Indian journal of veterinary science and animal husbandry - Volume 4,
Year: 1934
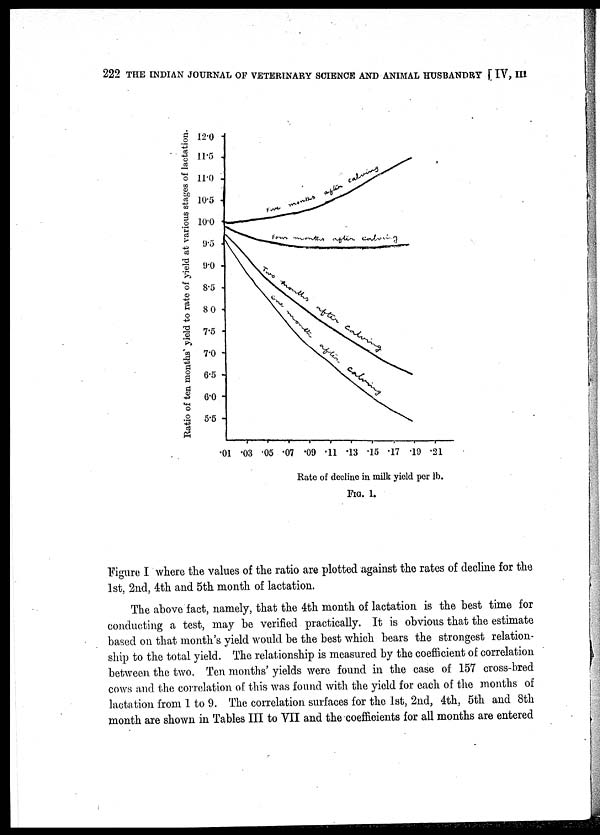
222 THE INDIAN JOURNAL OF VETERINARY SCIENCE AND ANIMAL HUSBANDRY [ IV, III
FIG.1.
Figure I where the values of the ratio are plotted against the rates of decline for the
1st, 2nd, 4th and 5th month of lactation.
The above fact, namely, that the 4th month of lactation is the best time for
conducting a test, may be verified practically. It is obvious that the estimate
based on that month's yield would be the best which bears the strongest relation-
ship to the total yield. The relationship is measured by the coefficient of correlation
between the two. Ten months' yields were found in the case of 157 cross-bred
cows and the correlation of this was found with the yield for each of the months of
lactation from 1 to 9. The correlation surfaces for the 1st, 2nd, 4th, 5th and 8th
month are shown in Tables III to VII and the coefficients for all months are entered